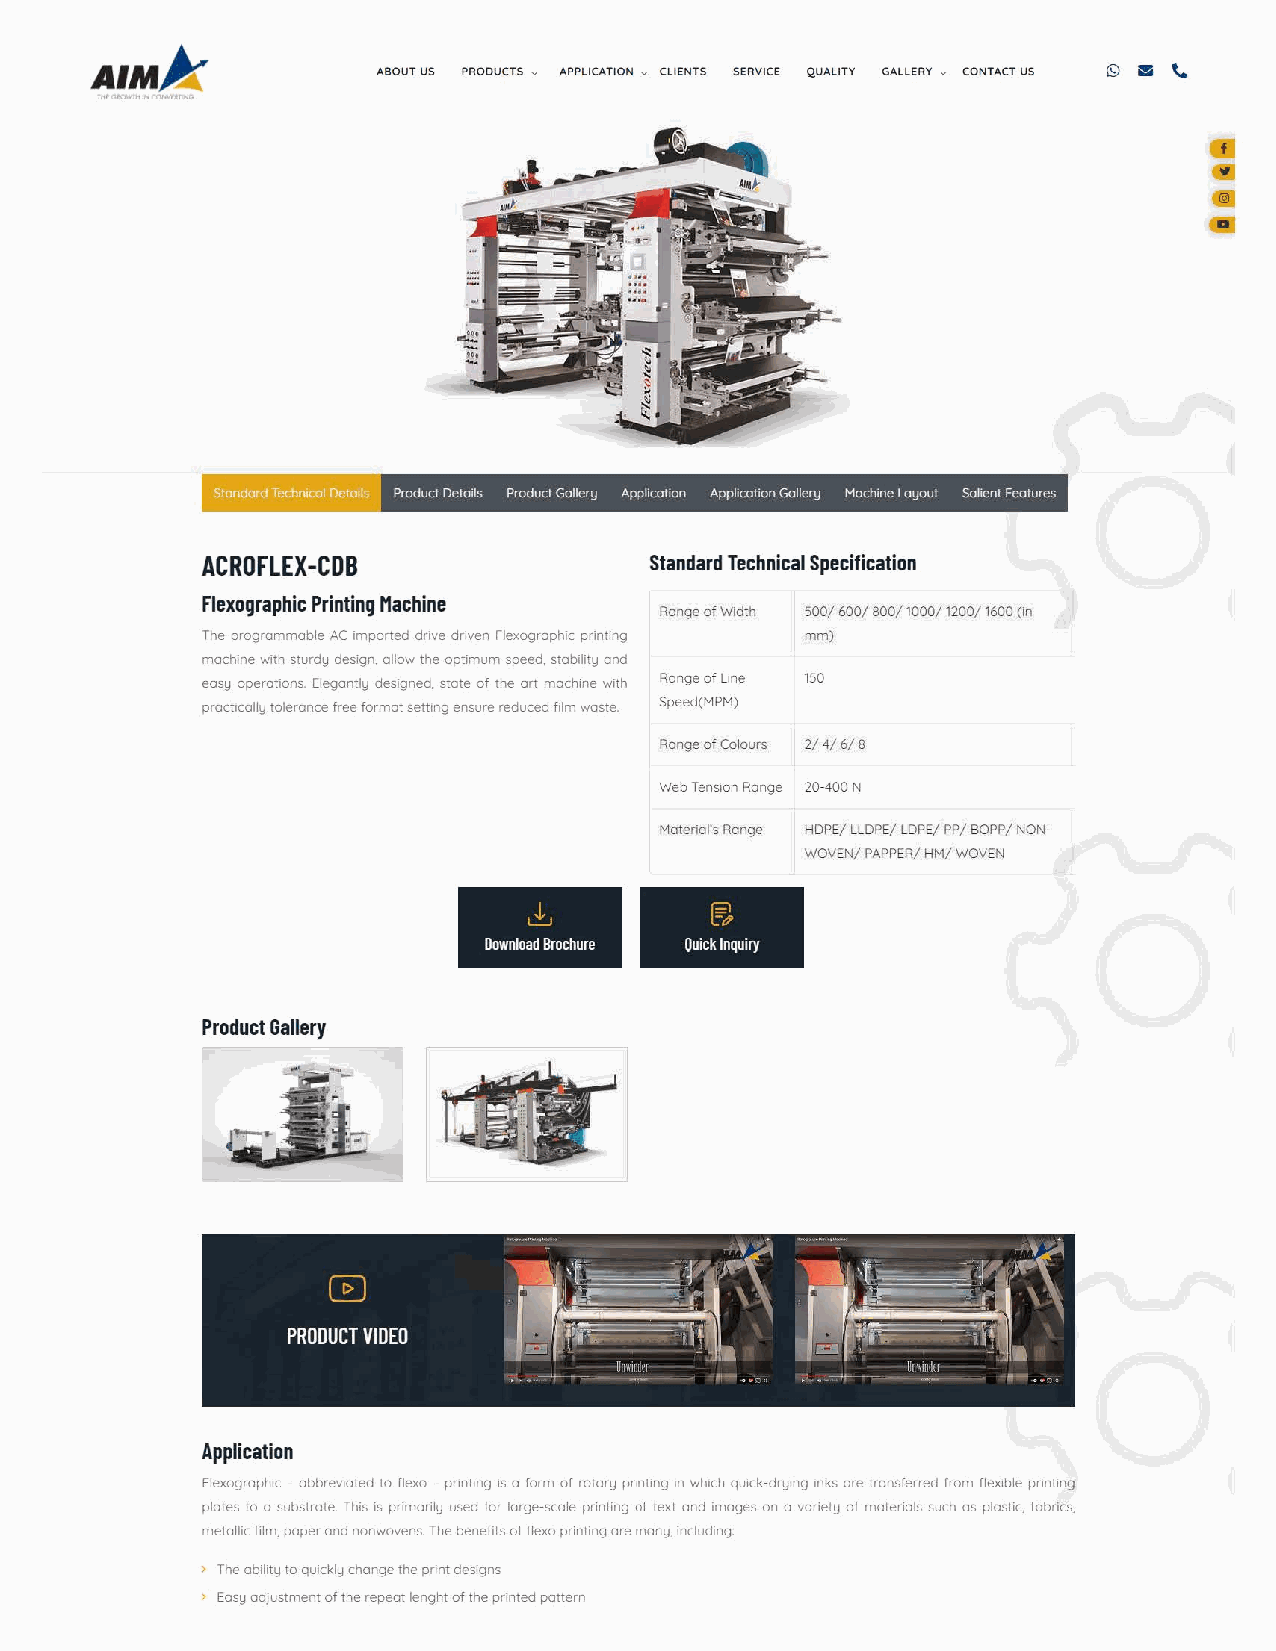
ABOUT US PRODUCTS v APPLICATION v CLIENTS SERVICE QUALITY GALLERY v CONTACT US
 Product Deta1ls Product Gallery Apphcallon Apphcallon Gallery Mach1ne Layout Salient Features
 ACROFLEX-CDB                  Standard Technical Specification
 Flexographic Printing Machine
 Range of Width 500/ 600/800/1000/1200/1600 (in
 The programmable AC imported drive driven Flexogrophic printing mm)
 machine with sturdy design, allow the optimum speed, stability ond
 easy operations. Elegantly designed. state of the art machine with Range of Line 150
 practically tolerance free format setting ensure reduced film waste. Speed(MPM)
 Range of Colours 2/ 4/6/8
 Web Tension Range 20-400 N
 Material's Range HOPE/ LLOPE/ LOPE/ PP/ BOPP/ NON
 WOVEN/ PAPPER/ HM/ WOVEN
 LL          @
 Download Brochure Quick Inquiry
 Product Gallery
 Application
 Flexogrophic - abbreviated to flexo - printing is o form of rotary printing in which quick-drying inks ore transferred from flexible printing
 plates to a substrate. This is primarily used for large-scale printing of text and images on a variety of materials such as plastic, fabrics.
 metallic film. paper and nonwovens. The benefits of flexo printing ore many. including:
 > The ability to quickly change the print designs
 > Easy adjustment of the repeat lenght of the printed pattern